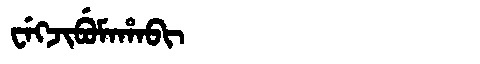
Manchu: ᠸᡝᡴᠵᡳᠪᡠᠮᠠᡥᠠᠪᡳ
Romanization: WEKJIBUMAHABI